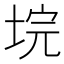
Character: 垸